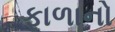
ફાળાનો